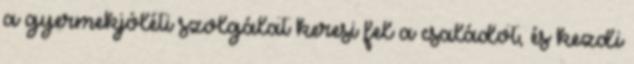
a gyermekjóléti szolgálat keresi fel a családot, és kezdi